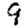
Digit: 9